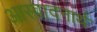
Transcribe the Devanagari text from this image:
आस्वादनार्थ